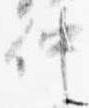
仲